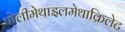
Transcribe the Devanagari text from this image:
पोलीमेथाइलमेथाक्रिलेट